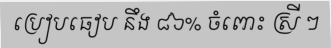
ប្រៀបធៀប នឹង ៨៦% ចំពោះ ស្រី ៗ